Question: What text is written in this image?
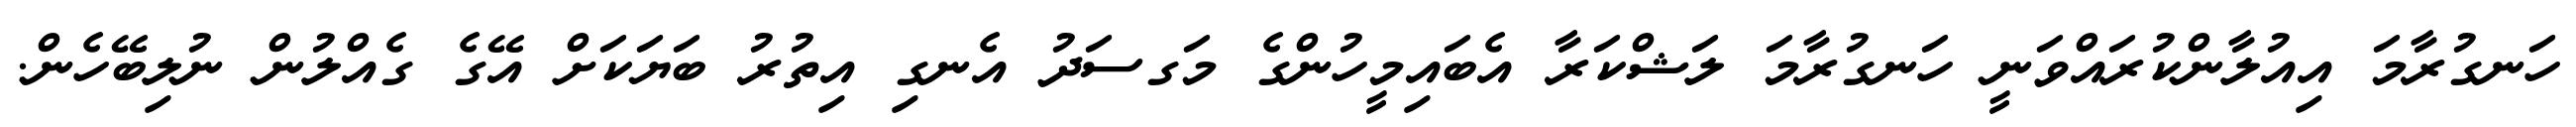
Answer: ހަނގުރާމަ އިއުލާންކުރައްވަނީ ހަނގުރާމަ ލަޝްކަރާ އެބައިމީހުންގެ މަގސަދު އެނގި އިތުރު ބަޔަކަށް އޭގެ ގެއްލުން ނުލިބޭހެން.